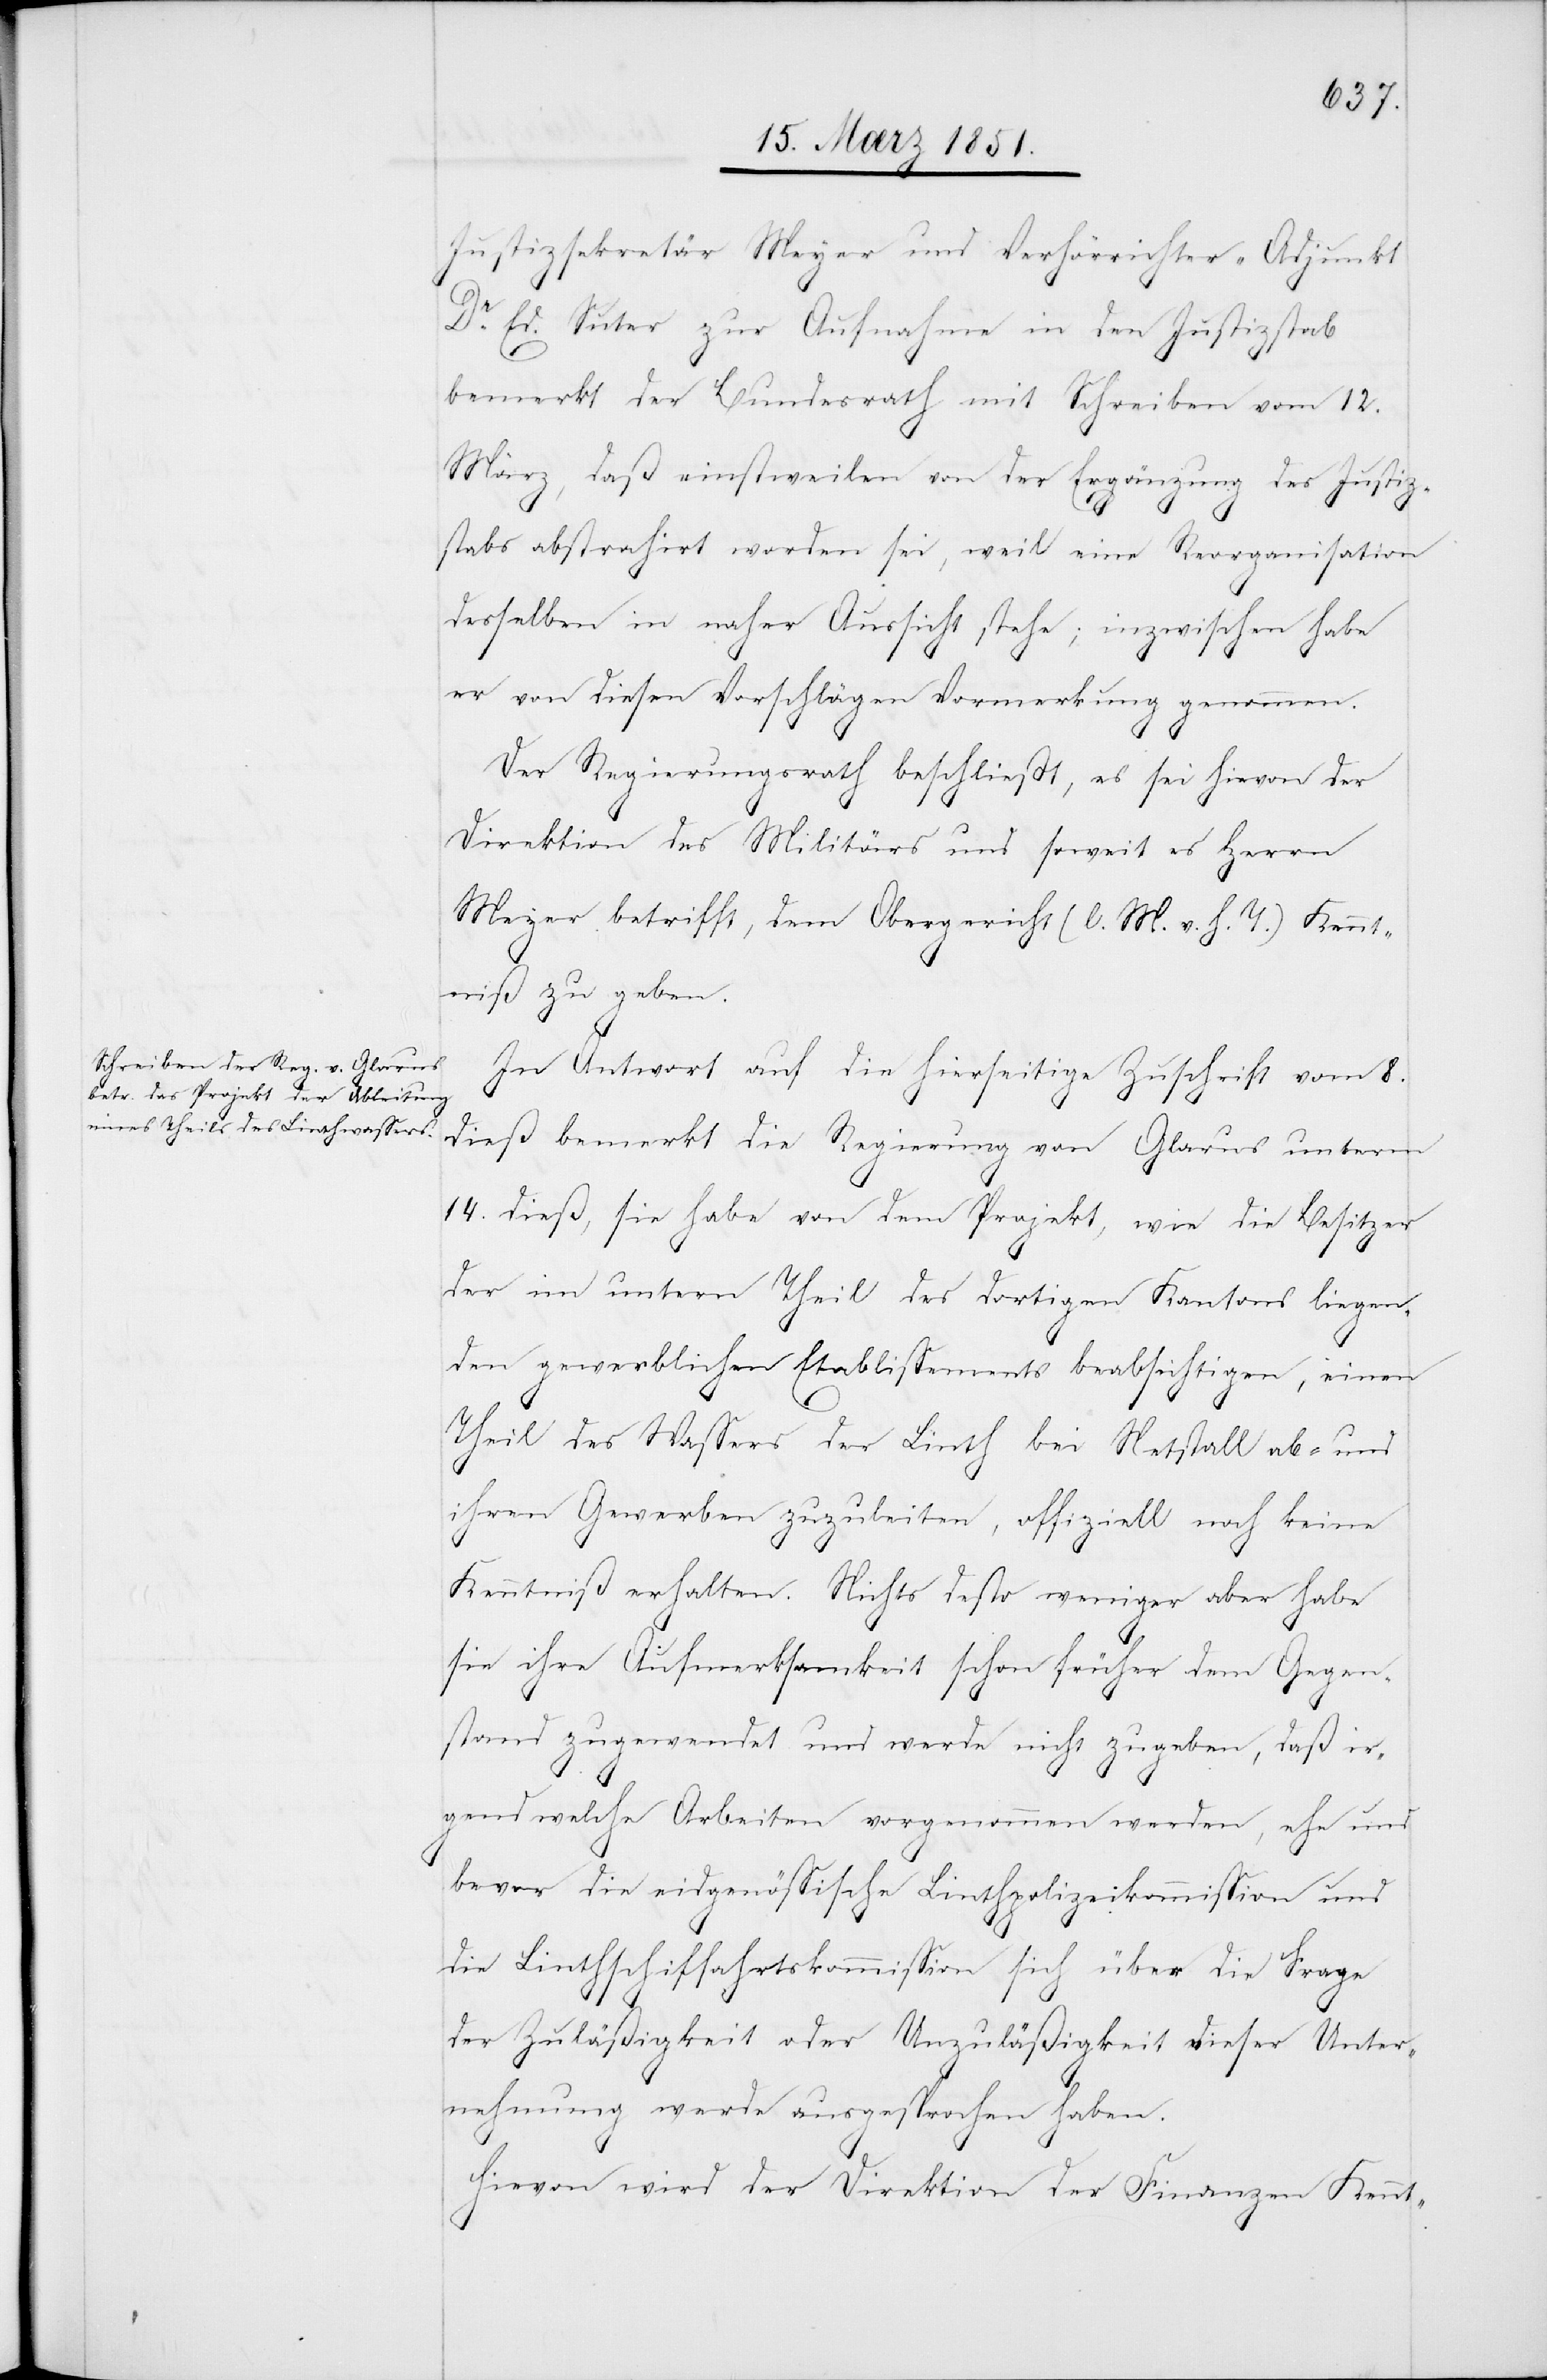
Justizsekretär Meyer und Verhörrichter-Adjunkt
Dr. Ed. Suter zur Aufnahme in den Justizstab
bemerkt der Bundesrath mit Schreiben vom 12.
März, daß einstweilen von der Ergänzung des Justiz¬
stabs abstrahirt worden sei, weil eine Reorganisation
desselben in naher Aussicht stehe; inzwischen habe
er von diesen Vorschlägen Vormerkung genommen.
Der Regierungsrath beschließt, es sei hievon der
Direktion des Militärs und soweit es Herrn
Meyer betrifft, dem Obergericht (l. M. v. h. T.) Kennt¬
niß zu geben.
In Antwort auf die hierseitige Zuschrift vom 8.
dieß bemerkt die Regierung von Glarus unterm
14. dieß, sie habe von dem Projekt, wie die Besitzer
der im untern Theil des dortigen Kantons liegen¬
den gewerblichen Etablissements beabsichtigen, einen
Theil des Wassers der Linth bei Netstall ab- und
ihren Gewerben zuzuleiten, offiziell noch keine
Kenntniß erhalten. Nichts desto weniger aber habe
sie ihre Aufmerksamkeit schon früher dem Gegen¬
stand zugewendet und werde nicht zugeben, daß ir¬
gend welche Arbeiten vorgenommen werden, ehe und
bevor die eidgenössische Linthpolizeikommission und
die Linthschiffahrtskommission sich über die Frage
der Zuläßigkeit oder Unzuläßigkeit dieser Unter¬
nehmung werde ausgesprochen haben.
Hievon wird der Direktion der Finanzen Kennt-